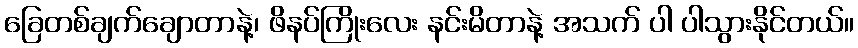
ခြေတစ်ချက်ချောတာနဲ့၊ ဖိနပ်ကြိုးလေး နင်းမိတာနဲ့ အသက် ပါ ပါသွားနိုင်တယ်။